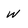
Character: w